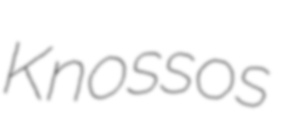
Knossos